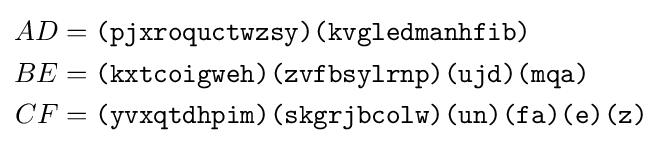
{\begin{aligned}AD&={\texttt {(pjxroquctwzsy)(kvgledmanhfib)}}\\BE&={\texttt {(kxtcoigweh)(zvfbsylrnp)(ujd)(mqa)}}\\CF&={\texttt {(yvxqtdhpim)(skgrjbcolw)(un)(fa)(e)(z)}}\\\end{aligned}}